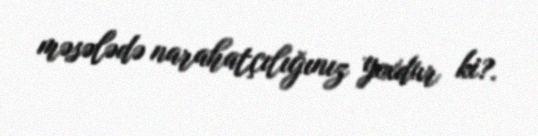
məsələdə narahatçılığınız yoxdur ki?.